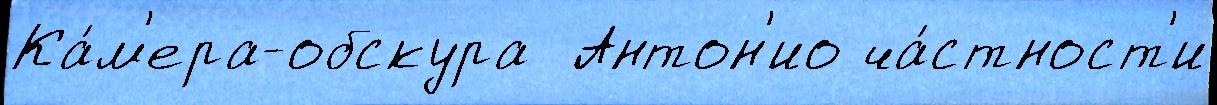
Ка́м'ера-обскура  Антон'ио ча́стност'и